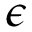
\epsilon